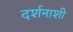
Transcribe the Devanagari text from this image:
दर्शनाशी